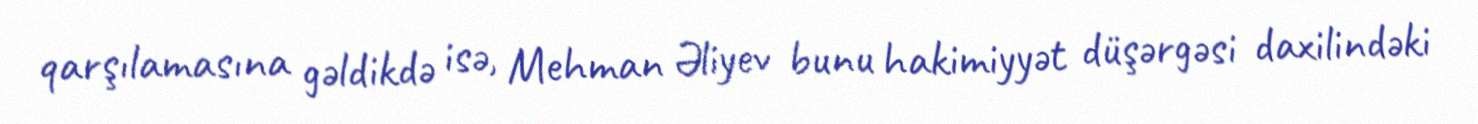
qarşılamasına gəldikdə isə, Mehman Əliyev bunu hakimiyyət düşərgəsi daxilindəki